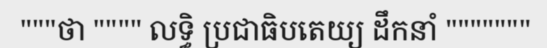
"""ថា """" លទ្ធិ ប្រជាធិបតេយ្យ ដឹកនាំ """""""